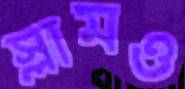
স্লামও